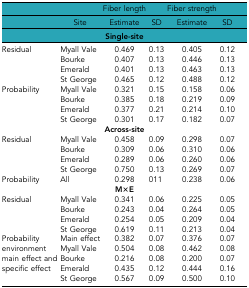
|  |  | Fiber length |  | Fiber strength |  |
 |  | Site | Estimate | SD | Estimate | SD |
 |  |  | Single-site |  |  |  |
 | --- | --- | --- | --- | --- | --- |
 | Residual | Myall Vale | 0.469 | 0.13 | 0.405 | 0.12 |
 |  | Bourke | 0.407 | 0.13 | 0.446 | 0.13 |
 |  | Emerald | 0.401 | 0.13 | 0.463 | 0.13 |
 |  | St George | 0.465 | 0.12 | 0.488 | 0.12 |
 | Probability | Myall Vale | 0.321 | 0.15 | 0.158 | 0.06 |
 |  | Bourke | 0.385 | 0.18 | 0.219 | 0.09 |
 |  | Emerald | 0.377 | 0.21 | 0.214 | 0.10 |
 |  | St George | 0.301 | 0.17 | 0.182 | 0.07 |
 |  |  | Across-site |  |  |  |
 | Residual | Myall Vale | 0.458 | 0.09 | 0.298 | 0.07 |
 |  | Bourke | 0.309 | 0.06 | 0.310 | 0.06 |
 |  | Emerald | 0.289 | 0.06 | 0.260 | 0.06 |
 |  | St George | 0.750 | 0.13 | 0.269 | 0.07 |
 | Probability | All | 0.298 | 011 | 0.238 | 0.06 |
 |  |  | M×E |  |  |  |
 | Residual | Myall Vale | 0.341 | 0.06 | 0.225 | 0.05 |
 |  | Bourke | 0.243 | 0.04 | 0.264 | 0.05 |
 |  | Emerald | 0.254 | 0.05 | 0.209 | 0.04 |
 |  | St George | 0.619 | 0.11 | 0.213 | 0.04 |
 | Probability | Main effect | 0.382 | 0.07 | 0.376 | 0.07 |
 | environment | Myall Vale | 0.504 | 0.08 | 0.462 | 0.08 |
 | main effect and | Bourke | 0.216 | 0.08 | 0.200 | 0.07 |
 | specific effect | Emerald | 0.435 | 0.12 | 0.444 | 0.16 |
 |  | St George | 0.567 | 0.09 | 0.500 | 0.10 |